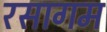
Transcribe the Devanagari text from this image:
रसागम